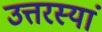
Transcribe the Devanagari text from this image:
उत्तरस्यां